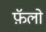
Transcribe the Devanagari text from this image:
फ़ॅलो